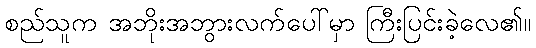
စည်သူက အဘိုးအဘွားလက်ပေါ်မှာ ကြီးပြင်းခဲ့လေ၏။